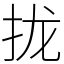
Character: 拢